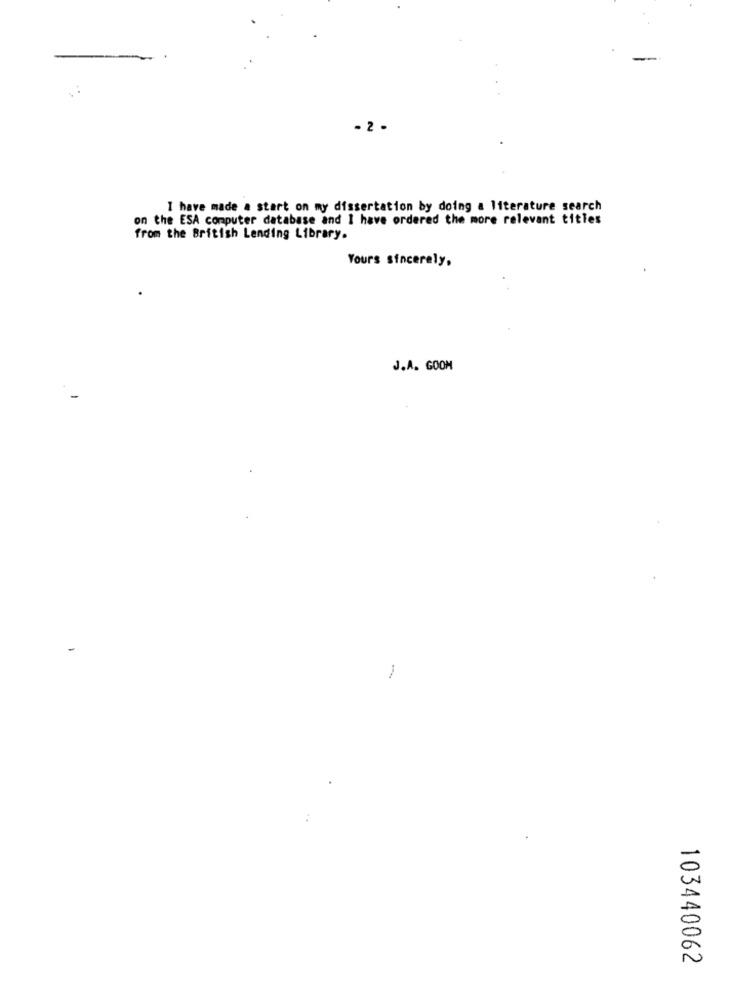
- 2 .
I have made a start on my dissertation by doing a literature search
on the ESA computer database and I have ordered the more relevant titles
from the British Lending Library.
Yours sincerely,
J.A. GOOM
103440062